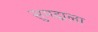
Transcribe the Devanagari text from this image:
सुमद्राला